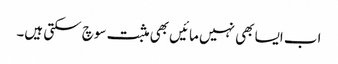
اب ایسا بھی نہیں مائیں بھی مثبت سوچ سکتی ہیں۔